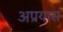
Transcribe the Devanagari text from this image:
अप्रयास